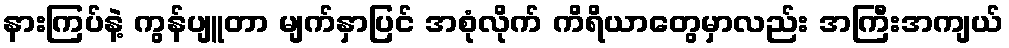
နားကြပ်နဲ့ ကွန်ပျူတာ မျက်နှာပြင် အစုံလိုက် ကိရိယာတွေမှာလည်း အကြီးအကျယ်